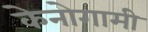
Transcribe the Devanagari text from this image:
केनोगामी